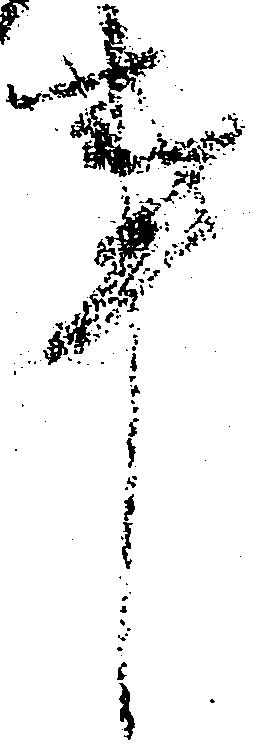
事